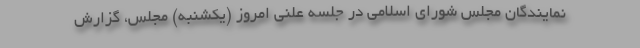
نمایندگان مجلس شورای اسلامی در جلسه علنی امروز (یکشنبه) مجلس، گزارش